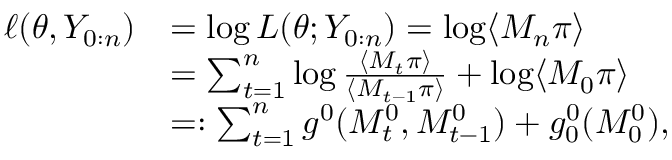
\begin{array} { r l } { \ell ( \theta , Y _ { 0 : n } ) } & { = \log L ( \theta ; Y _ { 0 : n } ) = \log \langle M _ { n } \pi \rangle } \\ & { = \sum _ { t = 1 } ^ { n } \log \frac { \langle M _ { t } \pi \rangle } { \langle M _ { t - 1 } \pi \rangle } + \log \langle M _ { 0 } \pi \rangle } \\ & { = : \sum _ { t = 1 } ^ { n } g ^ { 0 } ( M _ { t } ^ { 0 } , M _ { t - 1 } ^ { 0 } ) + g _ { 0 } ^ { 0 } ( M _ { 0 } ^ { 0 } ) , } \end{array}